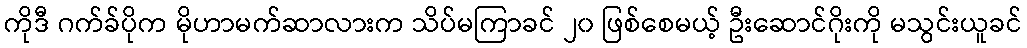
ကိုဒီ ဂက်ခ်ပိုက မိုဟာမက်ဆာလားက သိပ်မကြာခင် ၂၀ ဖြစ်စေမယ့် ဦးဆောင်ဂိုးကို မသွင်းယူခင်